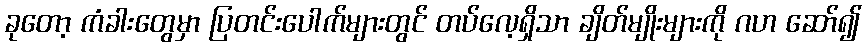
ခုတော့ ကံခါးတွေမှာ ပြတင်းပေါက်များတွင် တပ်လေ့ရှိသာ ချိတ်မျိုးများကို ဂဟ ဆော်၍